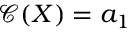
\mathcal { C } ( X ) = a _ { 1 }